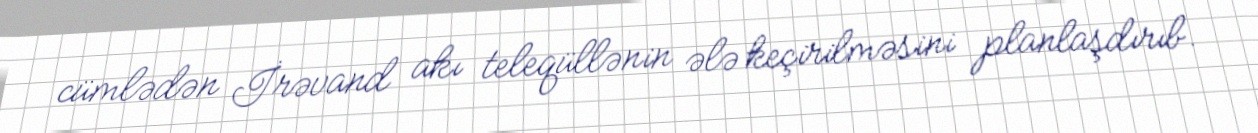
cümlədən İrəvand akı teleqüllənin ələ keçirilməsini planlaşdırıb.